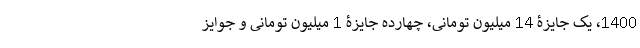
1400، یک جایزۀ 14 میلیون تومانی، چهارده جایزۀ 1 میلیون تومانی و جوایز